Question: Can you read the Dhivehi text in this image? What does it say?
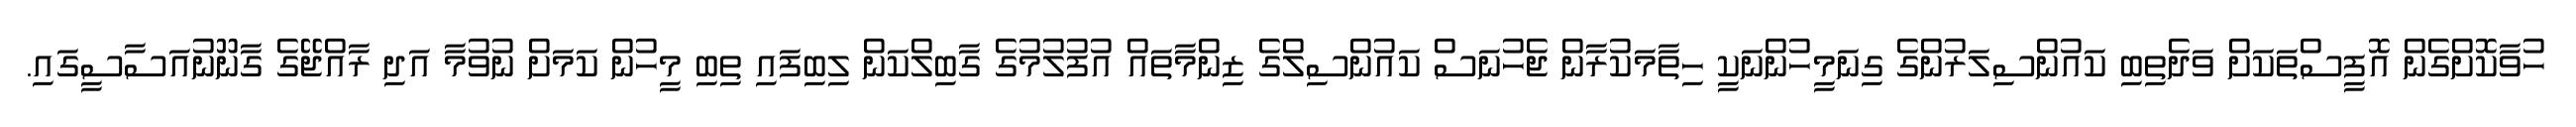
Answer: ހުވާކޮށްގެން އޮފީސްތަކަށް ވަދެތިބި ކައުންސިލަރުންގެ ގިނަމީހުންނަކީ ހިތާމަކުރާން ޖެހުނަސް ކައުންސިލްގެ ޒިންމާތައް އުފުލުމުގެ ގާބިލްކަން ލިބިފައި ތިބި މީހުން ކަމަށް ނުވުމާ އަދި ރާއްޖޭގެ ގާނޫނުއަސާސީގައި.